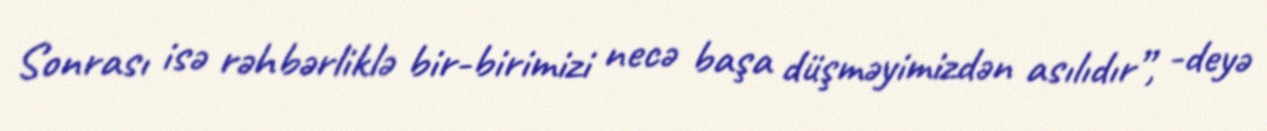
Sonrası isə rəhbərliklə bir-birimizi necə başa düşməyimizdən asılıdır”, -deyə